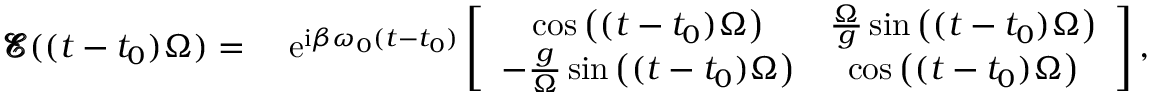
\begin{array} { r l } { \pmb { \mathcal { E } } ( ( t - t _ { 0 } ) \Omega ) = ~ } & { \mathrm { e } ^ { \mathrm { i } \beta \omega _ { 0 } ( t - t _ { 0 } ) } \left[ \begin{array} { c c } { \cos \big ( ( t - t _ { 0 } ) \Omega \big ) } & { \frac { \Omega } { g } \sin \big ( ( t - t _ { 0 } ) \Omega \big ) } \\ { - \frac { g } { \Omega } \sin \big ( ( t - t _ { 0 } ) \Omega \big ) } & { \cos \big ( ( t - t _ { 0 } ) \Omega \big ) } \end{array} \right] , } \end{array}